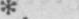
*